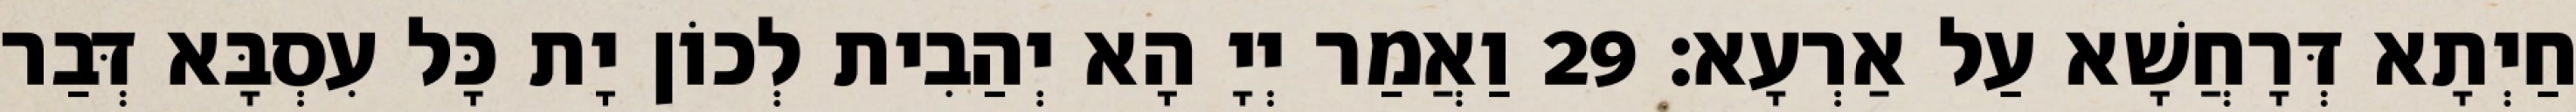
חַיְתָא דְּרָחֲשָׁא עַל אַרְעָא׃ 29 וַאֲמַר יְיָ הָא יְהַבִית לְכוֹן יָת כָּל עִסְבָּא דְּבַר